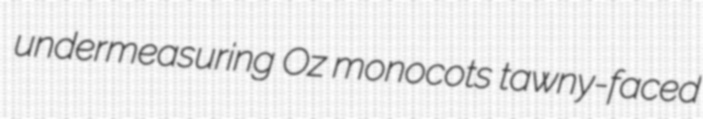
undermeasuring Oz monocots tawny-faced